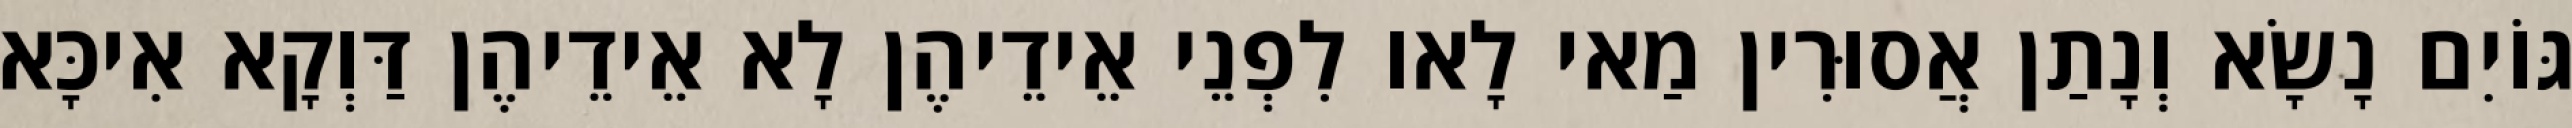
גּוֹיִם נָשָׂא וְנָתַן אֲסוּרִין מַאי לָאו לִפְנֵי אֵידֵיהֶן לָא אֵידֵיהֶן דַּוְקָא אִיכָּא